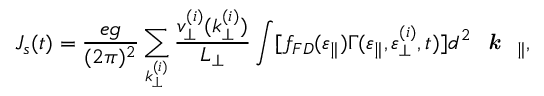
J _ { s } ( t ) = \frac { e g } { ( 2 \pi ) ^ { 2 } } \sum _ { k _ { \perp } ^ { ( i ) } } \frac { v _ { \perp } ^ { ( i ) } ( k _ { \perp } ^ { ( i ) } ) } { L _ { \perp } } \int [ f _ { F D } ( \varepsilon _ { \parallel } ) \Gamma ( \varepsilon _ { \parallel } , \varepsilon _ { \perp } ^ { ( i ) } , t ) ] d ^ { 2 } \emph { \textbf { k } } _ { \parallel } ,